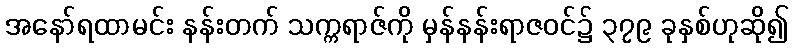
အနော်ရထာမင်း နန်းတက် သက္ကရာဇ်ကို မှန်နန်းရာဇဝင်၌ ၃၇၉ ခုနှစ်ဟုဆို၍